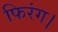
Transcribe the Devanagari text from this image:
फिरंग।